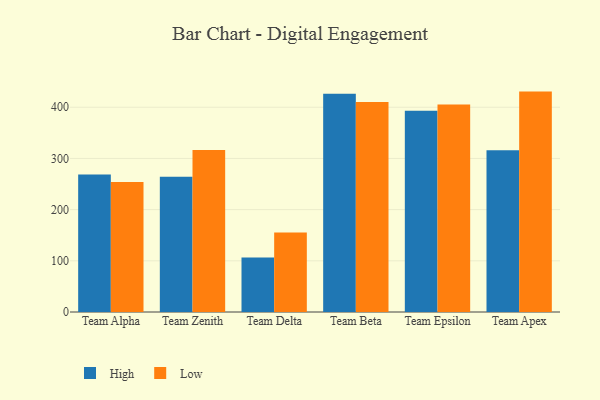
{"axis": {"x": "Team", "y": "Conversion Rate (%)"}, "legend": ["High", "Low"], "data": [{"x": "Team Alpha", "y": 268.4, "type": "High"}, {"x": "Team Alpha", "y": 254.1, "type": "Low"}, {"x": "Team Zenith", "y": 264.2, "type": "High"}, {"x": "Team Zenith", "y": 316.5, "type": "Low"}, {"x": "Team Delta", "y": 106.4, "type": "High"}, {"x": "Team Delta", "y": 155.4, "type": "Low"}, {"x": "Team Beta", "y": 426.6, "type": "High"}, {"x": "Team Beta", "y": 410.1, "type": "Low"}, {"x": "Team Epsilon", "y": 393.1, "type": "High"}, {"x": "Team Epsilon", "y": 405.5, "type": "Low"}, {"x": "Team Apex", "y": 315.8, "type": "High"}, {"x": "Team Apex", "y": 430.6, "type": "Low"}]}